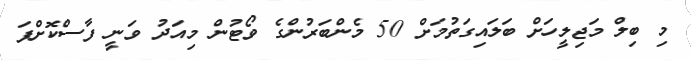
މި ބިލް މަޖިލީހަށް ބަލައިގަތުމަށް 50 މެންބަރުންގެ ވޯޓުން މިއަދު ވަނީ ފާސްކޮށްފަ